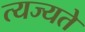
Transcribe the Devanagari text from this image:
त्यज्यते